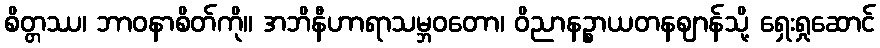
စိတ္တဿ၊ ဘာဝနာစိတ်ကို။ အဘိနီဟာရာသမ္ဘဝတော၊ ဝိညာနဉ္စာယတနဈာန်သို့ ရှေးရှုဆောင်